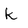
Character: k